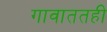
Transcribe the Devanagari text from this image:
गावाततही